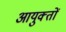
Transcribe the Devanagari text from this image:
आयुक्‍तों